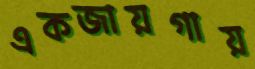
একজায়গায়